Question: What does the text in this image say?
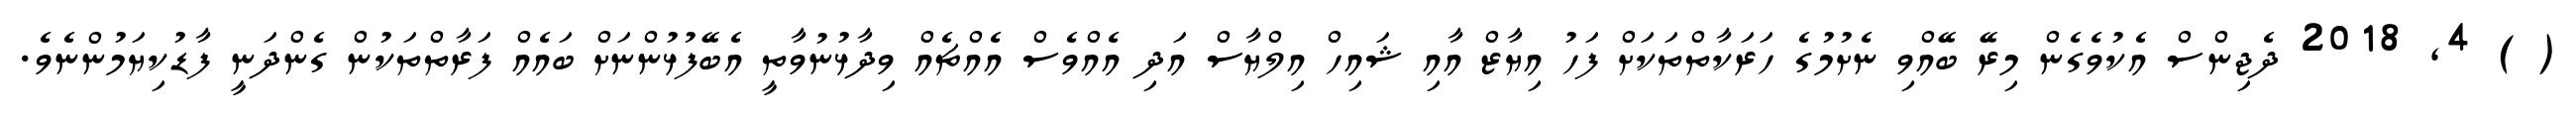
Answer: ( ) 4, 2018 ދެޖިންސް އެކުވެގެން މިރޭ ބޭއްވި ނެށުމުގެ ހަރަކާތްތަކަށް ފަހު އިޔާޒް އާއި ޝައިހް އިލްޔާސް އަދި އެއްވެސް އެއްޗެއް ވިދާޅުނުވާތީ އެބޭފުޅުންނަށް ބައެއް ފަރާތްތަކުން ގެންދަނީ ފާޑުކިޔަމުންނެވެ.